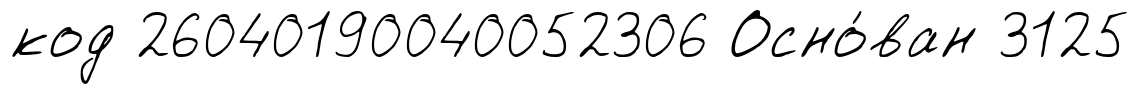
код 26040190040052306 Осно́ван 3125